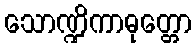
သောဏ္ဍိကာဓုတ္တော